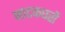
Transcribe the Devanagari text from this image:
नाटकघरों